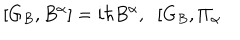
LaTeX: \lbrack G _ { B } , B ^ { \alpha } ] = i \hbar B ^ { \alpha } , \; \; [ G _ { B } , \Pi _ { \alpha }